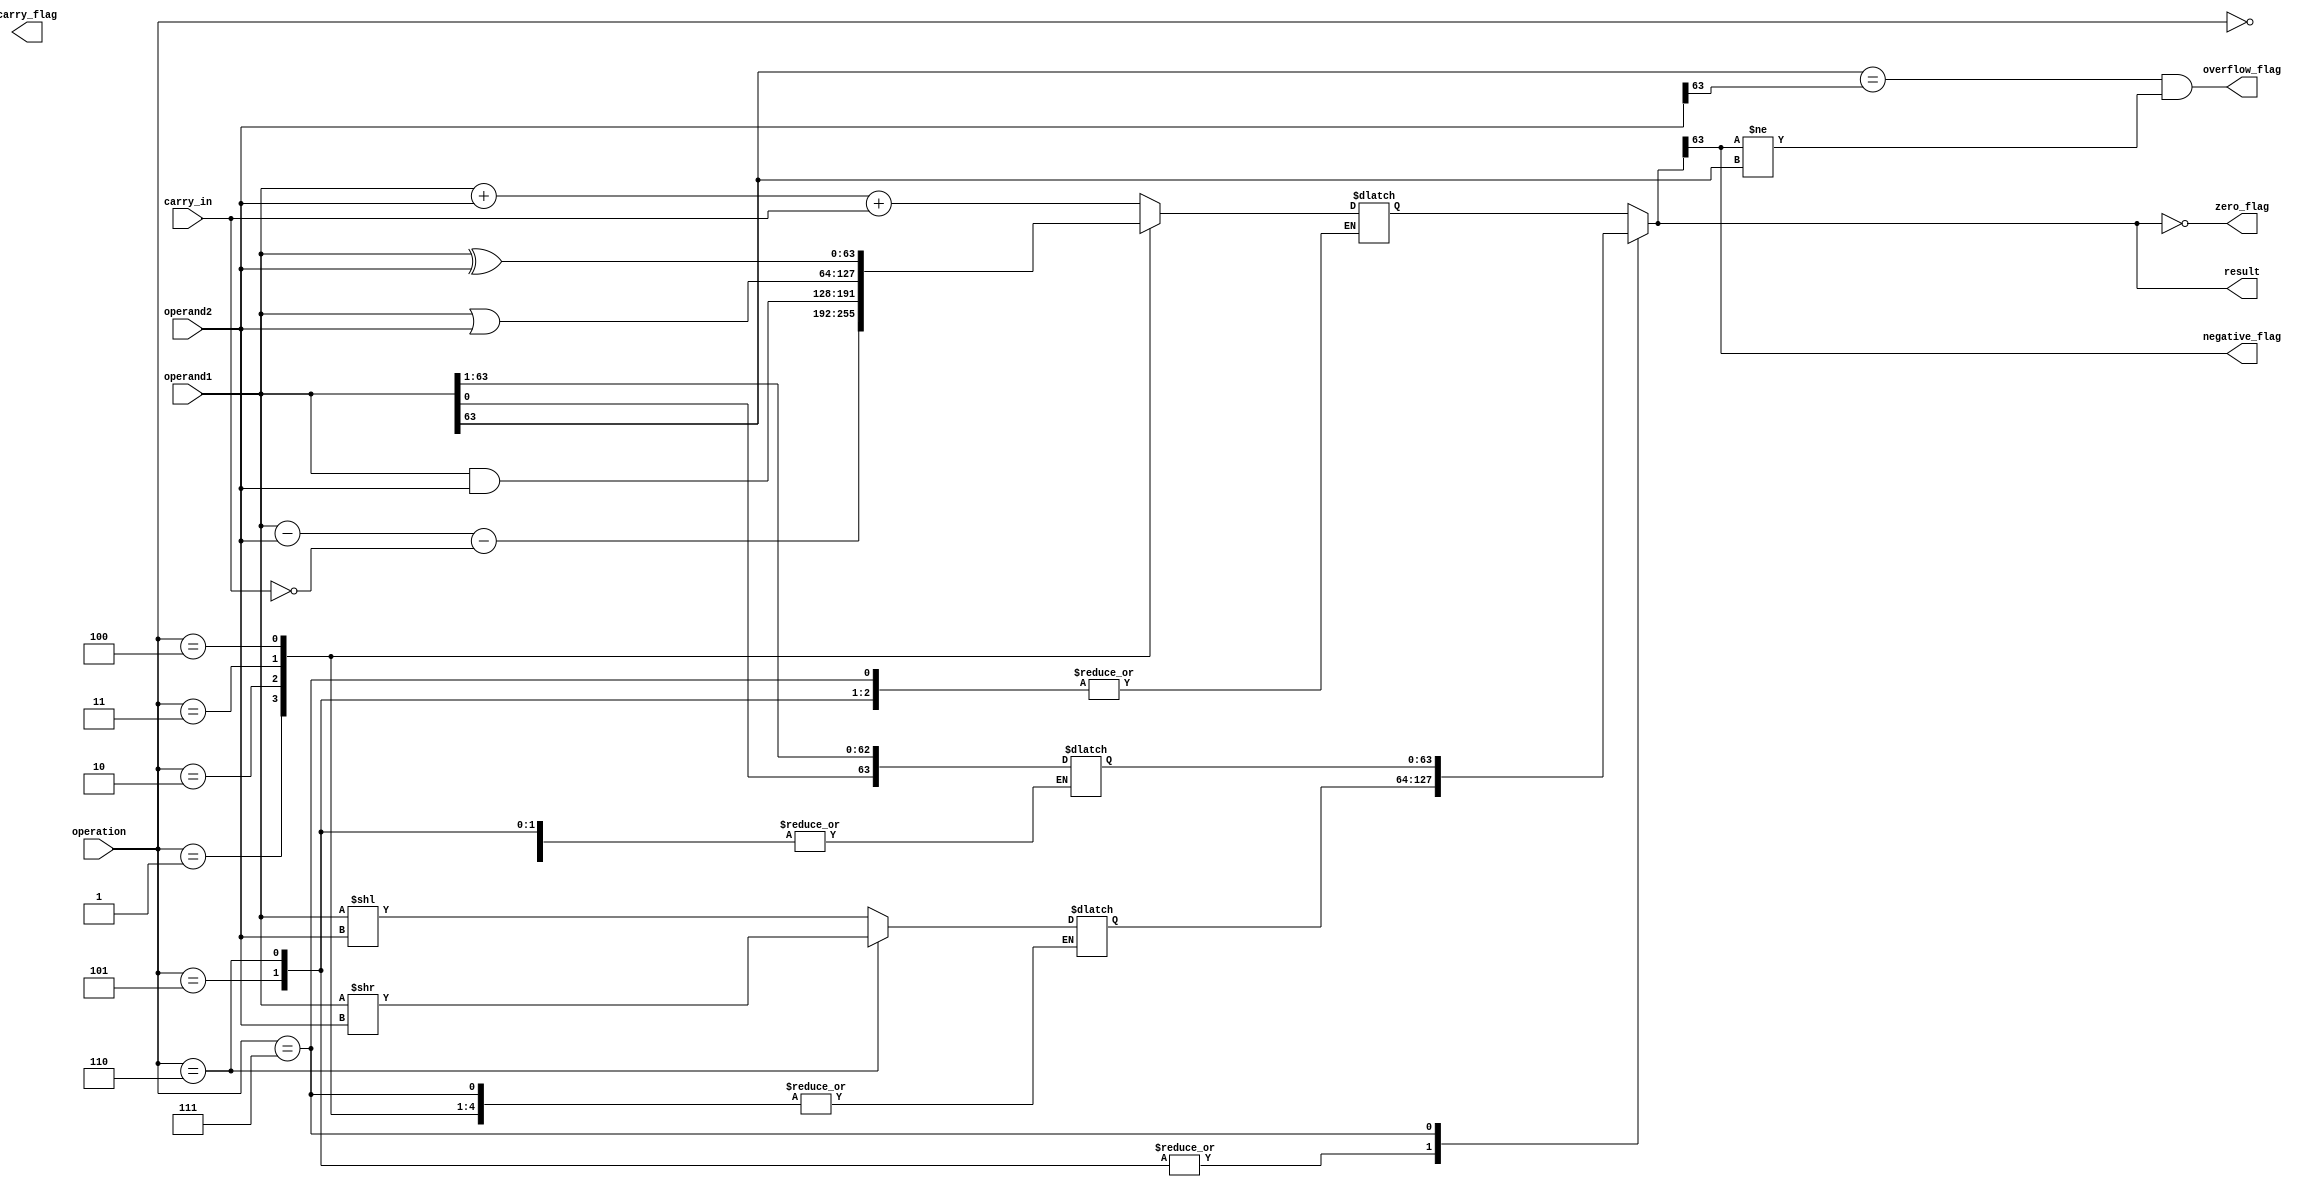
module ALU_64bit(
    input wire [63:0] operand1,
    input wire [63:0] operand2,
    input wire [2:0] operation,
    input wire carry_in,
    output wire [63:0] result,
    output wire zero_flag,
    output wire carry_flag,
    output wire overflow_flag,
    output wire negative_flag
);

//define ALU operations
parameter ADD = 3'b000;
parameter SUB = 3'b001;
parameter AND = 3'b010;
parameter OR = 3'b011;
parameter XOR = 3'b100;
parameter SHIFT_LEFT = 3'b101;
parameter SHIFT_RIGHT = 3'b110;
parameter ROTATE_LEFT = 3'b111;

//define internal signals
reg [63:0] temp_result;
reg [63:0] shifted_operand;
reg [63:0] rotated_operand;

//check for ALU operation and perform corresponding operation
always @(*) begin
    case(operation)
        ADD: temp_result = operand1 + operand2 + carry_in;
        SUB: temp_result = operand1 - operand2 - ~carry_in;
        AND: temp_result = operand1 & operand2;
        OR: temp_result = operand1 | operand2;
        XOR: temp_result = operand1 ^ operand2;
        SHIFT_LEFT: shifted_operand = operand1 << operand2;
        SHIFT_RIGHT: shifted_operand = operand1 >> operand2;
        ROTATE_LEFT: rotated_operand = {operand1[0], operand1[63:1]};
    endcase
end

//assign result based on operation performed
always @(*) begin
    case(operation)
        SHIFT_LEFT, SHIFT_RIGHT: result = shifted_operand;
        ROTATE_LEFT: result = rotated_operand;
        default: result = temp_result;
    endcase
end

//assign flags based on result
assign zero_flag = (result == 64'b0);
assign carry_flag = (temp_result[64] == 1);
assign overflow_flag = (operand1[63] == operand2[63] && result[63] != operand1[63]);
assign negative_flag = (result[63] == 1);
endmodule